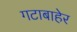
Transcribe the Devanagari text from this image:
गटाबाहेर